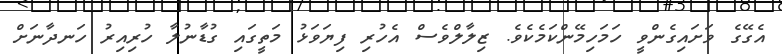
އެގޭގެ ވަށައިގެންވީ ހަމަހިމޭންކަމެކެވެ. ޒިލާލްވެސް އެހުރި ފިޔަވަޅު މަތީގައި ގުޑާނުލާ ހުރިއިރު ހަނދާނަށް